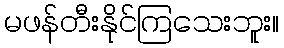
မဖန်တီးနိုင်ကြသေးဘူး။